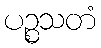
ပဉ္စသတံ